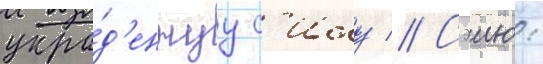
укра́д'еннуу с'илу // Сэию: